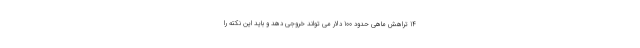
14 تراهش ماهی حدود 100 دلار می تواند خروجی دهد و باید این نکته را